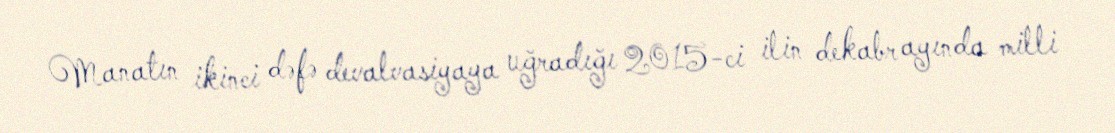
Manatın ikinci dəfə devalvasiyaya uğradığı 2015-ci ilin dekabr ayında milli